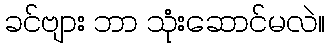
ခင်ဗျား ဘာ သုံးဆောင်မလဲ။